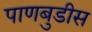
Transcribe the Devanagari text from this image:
पाणबुडीस